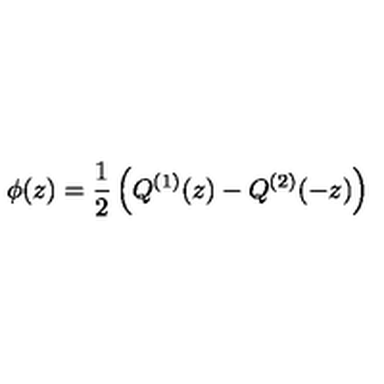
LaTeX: \phi ( z ) = \frac { 1 } { 2 } \left( Q ^ { ( 1 ) } ( z ) - Q ^ { ( 2 ) } ( - z ) \right)